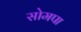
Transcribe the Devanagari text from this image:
सोमपा